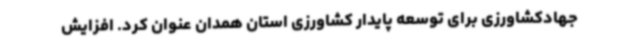
جهادکشاورزی برای توسعه پایدار کشاورزی استان همدان عنوان کرد. افزایش